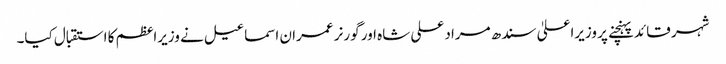
شہر قائد پہنچنے پر وزیراعلیٰ سندھ مراد علی شاہ اور گورنر عمران اسماعیل نے وزیراعظم کا استقبال کیا۔